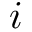
i